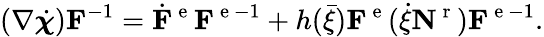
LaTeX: (\nabla\dot{\boldsymbol{\chi}}){\mathbf F}^{-1}=\dot{{\mathbf F}}^{\mathrm{~e~}}{\mathbf F}^{\mathrm{~e~}-1}+h(\bar{\xi}){\mathbf F}^{\mathrm{~e~}}(\dot{\xi}\textbf{N}^{\mathrm{~r~}}){\mathbf F}^{\mathrm{~e~}-1}.